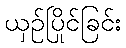
ယှဉ်ပြိုင်ခြင်း